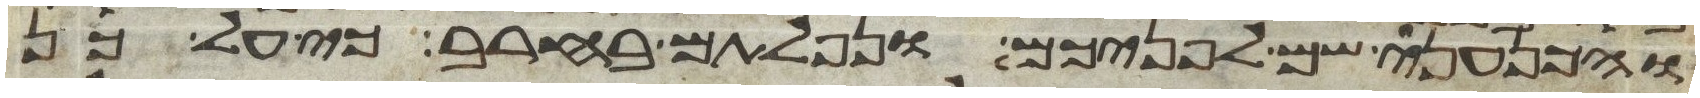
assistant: והכנעני שם לפניכם ונפלתם בחרב כי על כן